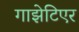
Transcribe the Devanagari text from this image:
गाझेटिएर